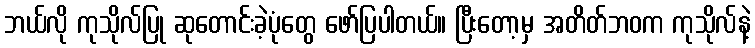
ဘယ်လို ကုသိုလ်ပြု ဆုတောင်းခဲ့ပုံတွေ ဖော်ပြပါတယ်။ ပြီးတော့မှ အတိတ်ဘဝက ကုသိုလ်နဲ့